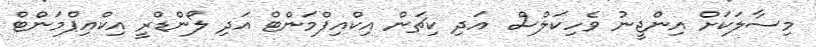
މިސާލަކަށް އިންޖީނު ވެހިކަލްސް  އަދި ކިޗަން އިކްއިޕްމަންޓް އަދި ލޯންޑްރީ އިކްއިޕްމަންޓް